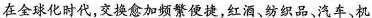
在全球化时代，交换愈加频繁便捷，红酒、纺织品、汽车、机